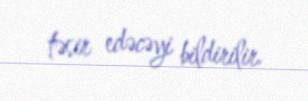
təsir edəcəyi bildirilir.